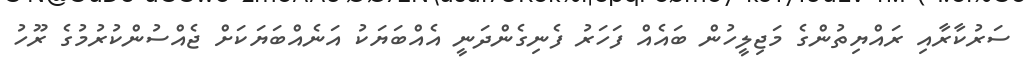
ސަރުކާރާއި ރައްޔިތުންގެ މަޖިލީހުން ބައެއް ފަހަރު ފެނިގެންދަނީ އެއްބަޔަކު އަނެއްބަޔަކަށް ޖެއްސުންކުރުމުގެ ރޫހު